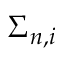
\Sigma _ { n , i }